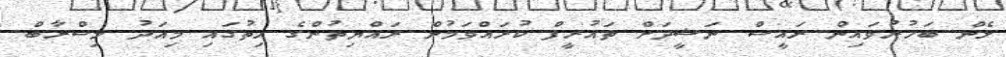
ޅެން ބަހުރުވައިން ރައީސް ނަޝީދަށް ތައުރީފް ކުރައްވަމުން ރައްޔިތުންގެ ހިތުގައި މިއަދު މިސްރާބް